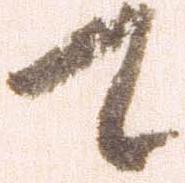
て